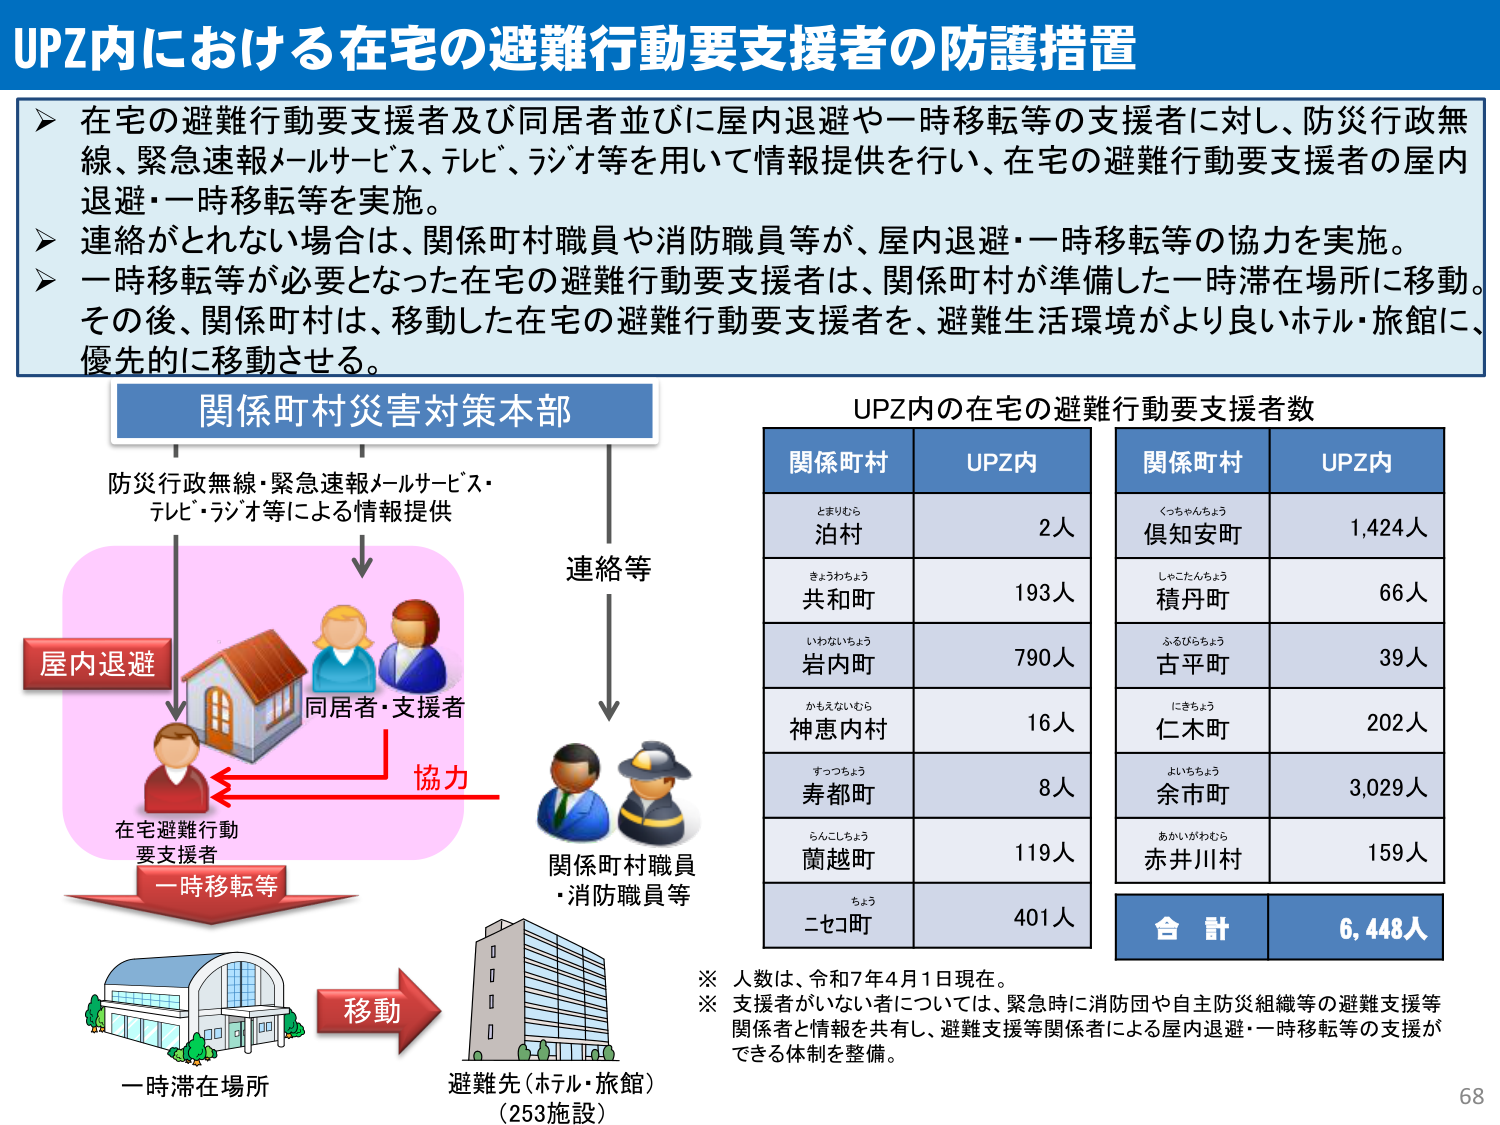
UPZ内における在宅の避難行動要支援者の防護措置

➤ 在宅の避難行動要支援者及び同居者並びに屋内退避や一時移転等の支援者に対し、防災行政無線、緊急速報メールサービス、テレビ、ラジオ等を用いて情報提供を行い、在宅の避難行動要支援者の屋内退避・一時移転等を実施。

➤ 連絡がとれない場合は、関係町村職員や消防職員等が、屋内退避・一時移転等の協力を実施。

➤ 一時移転等が必要となった在宅の避難行動要支援者は、関係町村が準備した一時滞在場所に移動。その後、関係町村は、移動した在宅の避難行動要支援者を、避難生活環境がより良いホテル・旅館に、優先的に移動させる。

関係町村災害対策本部

防災行政無線・緊急速報メールサービス・テレビ・ラジオ等による情報提供

屋内退避

同居者・支援者

協力

在宅避難行動要支援者
一時移転等

連絡等

関係町村職員
・消防職員等

移動

一時滞在場所

避難先（ホテル・旅館）
（253施設）

UPZ内の在宅の避難行動要支援者数

| 関係町村 | UPZ内 |
|----------|-------|
| とまりむら<br>泊村 | 2人 |
| きょうわちょう<br>共和町 | 193人 |
| いわないちょう<br>岩内町 | 790人 |
| かもえないむら<br>神恵内村 | 16人 |
| すっつちょう<br>寿都町 | 8人 |
| らんこいちょう<br>蘭越町 | 119人 |
| ちょう<br>ニセコ町 | 401人 |

| 関係町村 | UPZ内 |
|----------|-------|
| くっちゃんちょう<br>倶知安町 | 1,424人 |
| しゃこたんちょう<br>積丹町 | 66人 |
| ふるびらちょう<br>古平町 | 39人 |
| にきちょう<br>仁木町 | 202人 |
| よいちちょう<br>余市町 | 3,029人 |
| あかいがわむら<br>赤井川村 | 159人 |

合計 6,448人

※ 人数は、令和7年4月1日現在。
※ 支援者がいない者については、緊急時に消防団や自主防災組織等の避難支援等関係者と情報を共有し、避難支援等関係者による屋内退避・一時移転等の支援ができる体制を整備。

68